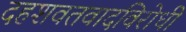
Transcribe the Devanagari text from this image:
दहशवतवादविरोधी